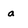
Character: a